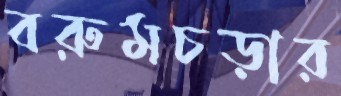
বরুমচড়ার